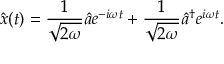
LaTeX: { \hat { x } } ( t ) = { \frac { 1 } { \sqrt { 2 \omega } } } { \hat { a } } e ^ { - i \omega t } + { \frac { 1 } { \sqrt { 2 \omega } } } { \hat { a } } ^ { \dagger } e ^ { i \omega t } .